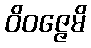
ဝိဝဇ္ဇေမိ